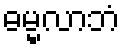
ဓမ္မလာဘံ